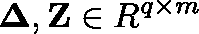
\mathbf { \Delta } , \mathbf { Z } \in \mathbb { R } ^ { q \times m }